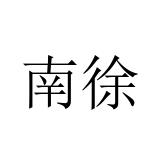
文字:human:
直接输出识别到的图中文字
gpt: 南徐